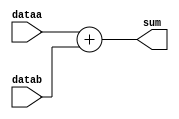
module adder_div(dataa, datab, sum);

input [15:0] dataa; 
input datab;
output [15:0] sum; 

assign sum = dataa + datab;

endmodule